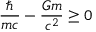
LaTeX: \frac { \hbar } { m c } - \frac { G m } { c ^ { 2 } } \geq 0